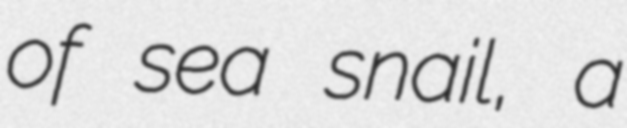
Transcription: of sea snail, a